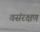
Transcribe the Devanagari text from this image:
वसंरक्षण